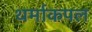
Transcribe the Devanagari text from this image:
थर्माकपल